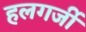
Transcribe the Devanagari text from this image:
हलगर्जी